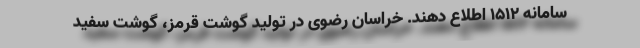
سامانه ۱۵۱۲ اطلاع دهند. خراسان رضوی در تولید گوشت قرمز، گوشت سفید